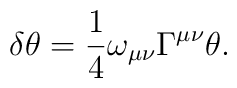
\delta\theta=\frac 14 \omega_{\mu\nu}\Gamma^{\mu\nu}\theta.